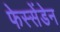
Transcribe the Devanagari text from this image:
फेस्सेंडेन